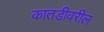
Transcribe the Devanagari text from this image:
कातडीवरील